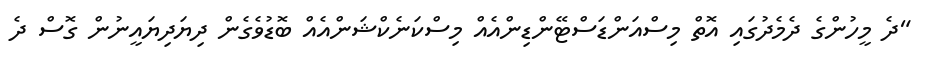
"ދެ މީހުންގެ ދެމެދުގައި އޮތް މިސްއަންޑަސްޓޭންޑިންއެއް މިސްކަނެކްޝަންއެއް ބޮޑުވެގެން ދިޔަދިޔައީނުން ގޮސް ދެ